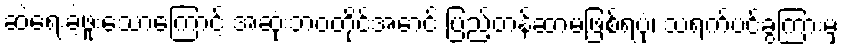
ဆဲရေးခဲ့ဖူးသောကြောင့် အဆုံးဘဝတိုင်အောင် ပြည့်တန်ဆာမဖြစ်ရပုံ၊ သရက်ပင်ခွကြားမှ